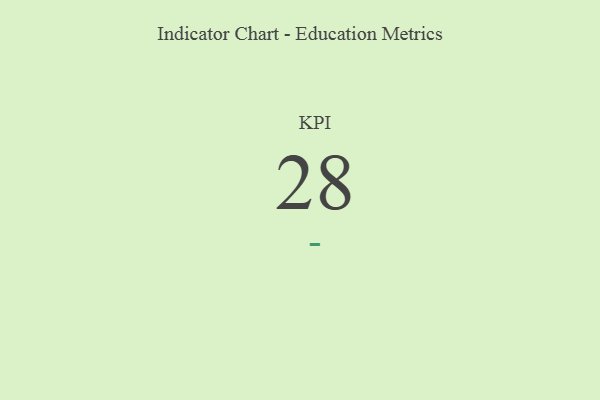
{"axis": {"x": "KPI", "y": "Value"}, "legend": [""], "data": [{"x": "KPI", "y": 28, "type": ""}]}